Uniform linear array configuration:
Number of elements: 24
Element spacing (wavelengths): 0.75
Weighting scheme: blackman
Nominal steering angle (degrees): -45
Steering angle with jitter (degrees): -44.236
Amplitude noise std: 0.05
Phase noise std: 0.05

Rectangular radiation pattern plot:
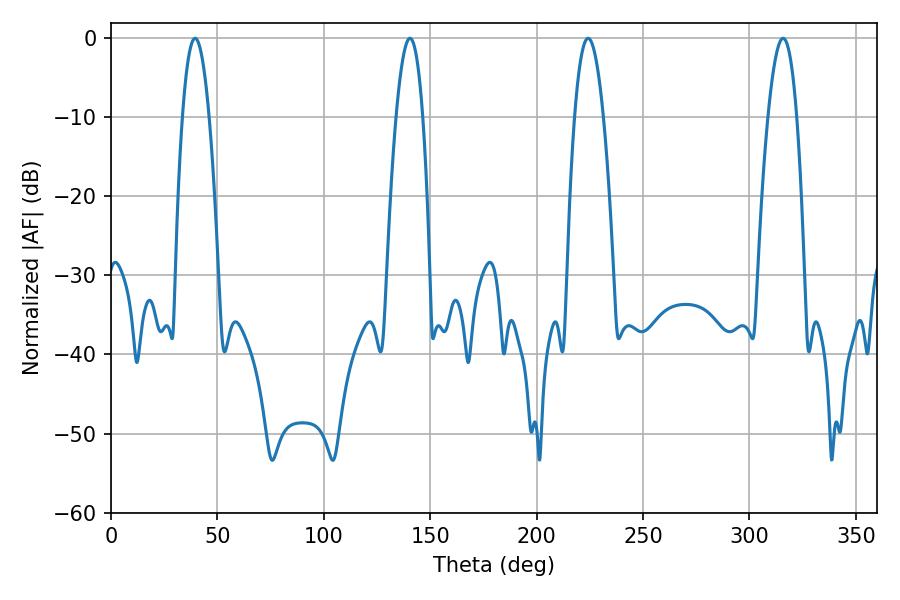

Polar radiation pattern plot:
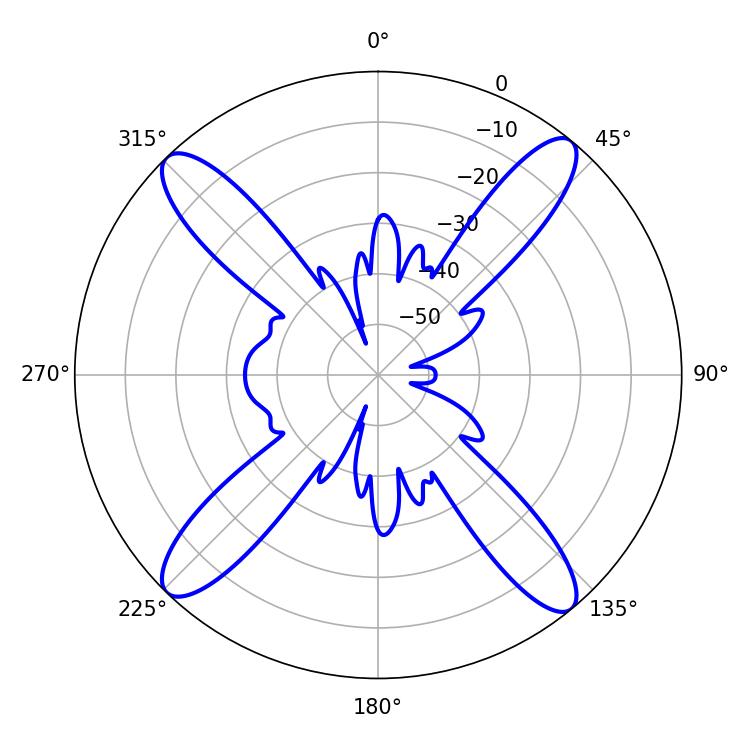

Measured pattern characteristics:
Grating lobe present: TRUE
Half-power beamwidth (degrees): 7.38
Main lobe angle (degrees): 224.28